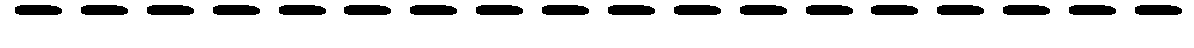
------------------